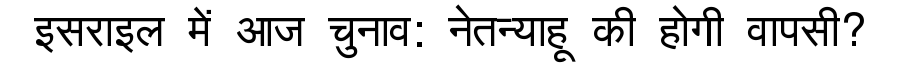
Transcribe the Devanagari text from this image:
इसराइल में आज चुनाव: नेतन्याहू की होगी वापसी?